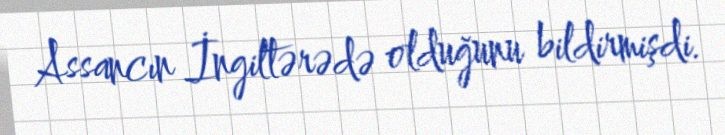
Assancın İngiltərədə olduğunu bildirmişdi.